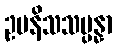
ဥပနိသသမ္ပန္နာ